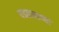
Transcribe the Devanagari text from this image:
घडतानाच्या